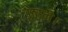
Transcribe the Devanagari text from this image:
उठाने।